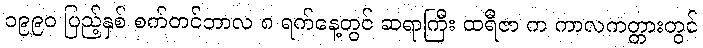
၁၉၉၀ ပြည့်နှစ် စက်တင်ဘာလ ၈ ရက်နေ့တွင် ဆရာကြီး ထရီဇာ က ကာလကတ္တားတွင်